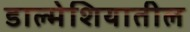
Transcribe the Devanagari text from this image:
डाल्मेशियातील